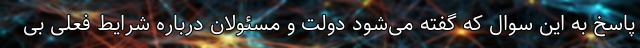
پاسخ به این سوال که گفته می‌شود دولت و مسئولان درباره شرایط فعلی بی